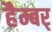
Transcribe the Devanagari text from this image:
हैम्बर्